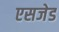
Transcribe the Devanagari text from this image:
एसजेड